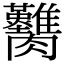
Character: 𦣚